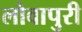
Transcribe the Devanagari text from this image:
लोवापुरी